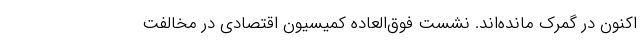
اکنون در گمرک مانده‌اند. نشست فوق‌العاده کمیسیون اقتصادی در مخالفت